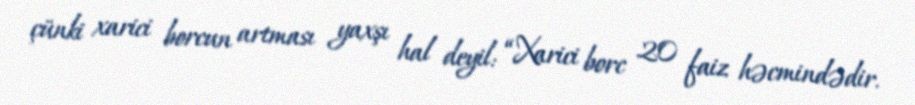
çünki xarici borcun artması yaxşı hal deyil: “Xarici borc 20 faiz həcmindədir.